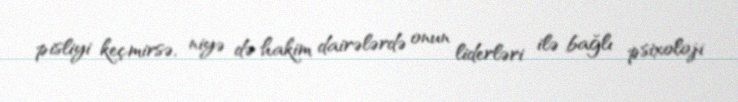
pisliyi keçmirsə, niyə də hakim dairələrdə onun liderləri ilə bağlı psixoloji